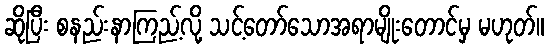
ဆိုပြီး စနည်းနာကြည့်လို့ သင့်တော်သောအရာမျိုးတောင်မှ မဟုတ်။